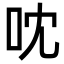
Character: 㕪